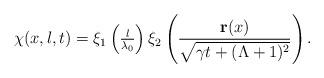
LaTeX: \begin{align*} \chi(x,l,t)=\xi_1\left(\tfrac{l}{\lambda_0}\right)\xi_2 \left(\frac{\mathbf{r}(x)}{\sqrt{\gamma t +(\Lambda+1)^2}}\right).\end{align*}